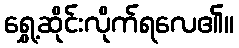
ရွှေ့ဆိုင်းလိုက်ရလေ၏။